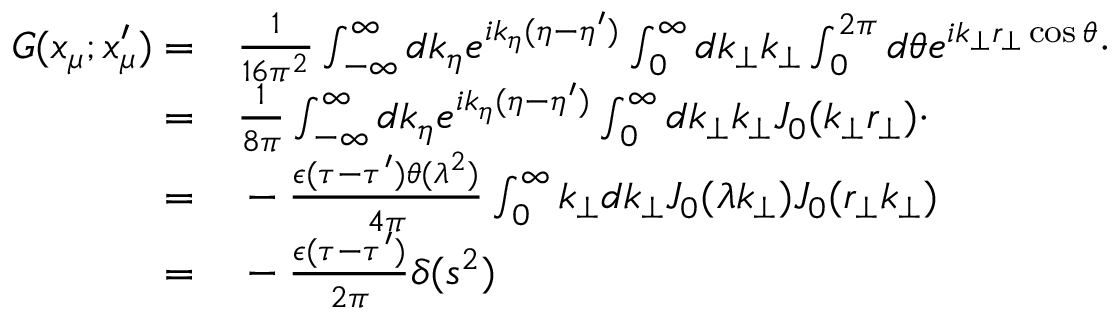
\begin{array} { r l } { G ( x _ { \mu } ; x _ { \mu } ^ { \prime } ) = } & { { } \frac { 1 } { 1 6 \pi ^ { 2 } } \int _ { - \infty } ^ { \infty } d k _ { \eta } e ^ { i k _ { \eta } ( \eta - \eta ^ { \prime } ) } \int _ { 0 } ^ { \infty } d k _ { \bot } k _ { \bot } \int _ { 0 } ^ { 2 \pi } d \theta e ^ { i k _ { \bot } r _ { \bot } \cos \theta } \cdot } \\ { = } & { { } \frac { 1 } { 8 \pi } \int _ { - \infty } ^ { \infty } d k _ { \eta } e ^ { i k _ { \eta } ( \eta - \eta ^ { \prime } ) } \int _ { 0 } ^ { \infty } d k _ { \bot } k _ { \bot } J _ { 0 } ( k _ { \bot } r _ { \bot } ) \cdot } \\ { = } & { { } - \frac { \epsilon ( \tau - \tau ^ { \prime } ) \theta ( \lambda ^ { 2 } ) } { 4 \pi } \int _ { 0 } ^ { \infty } k _ { \bot } d k _ { \bot } J _ { 0 } ( \lambda k _ { \bot } ) J _ { 0 } ( r _ { \bot } k _ { \bot } ) } \\ { { } = } & { { } - \frac { \epsilon ( \tau - \tau ^ { \prime } ) } { 2 \pi } \delta ( s ^ { 2 } ) } \end{array}